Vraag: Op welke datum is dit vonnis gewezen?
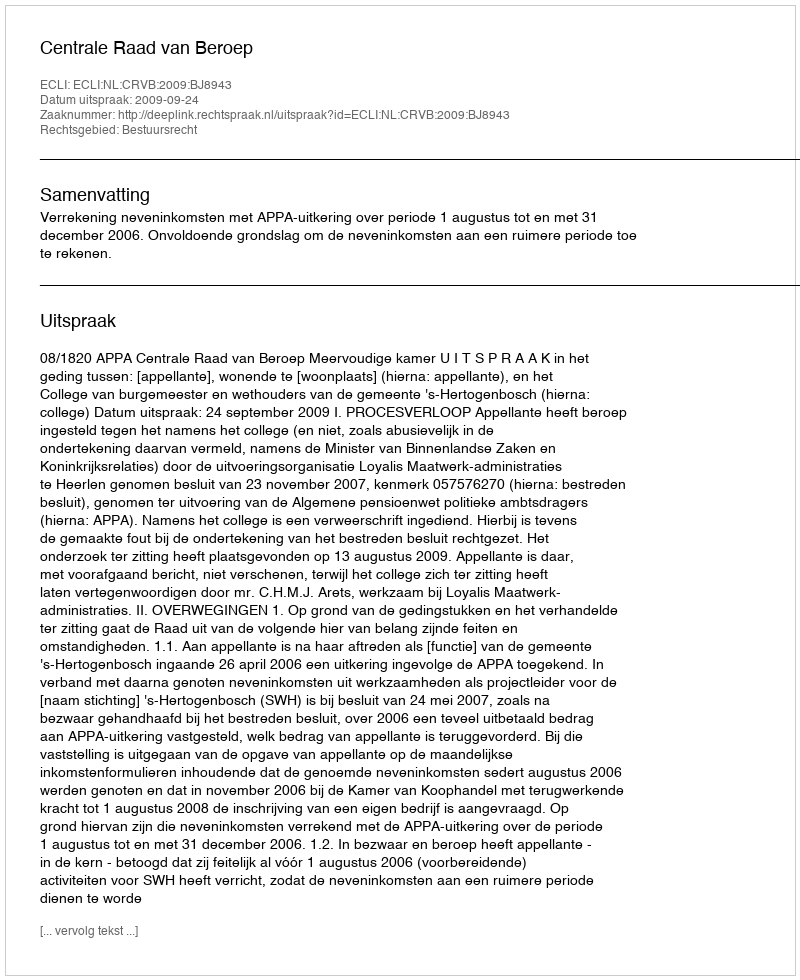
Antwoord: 2009-09-24